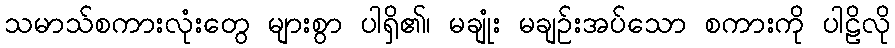
သမာသ်စကားလုံးတွေ များစွာ ပါရှိ၏၊ မချုံး မချဉ်းအပ်သော စကားကို ပါဠိလို